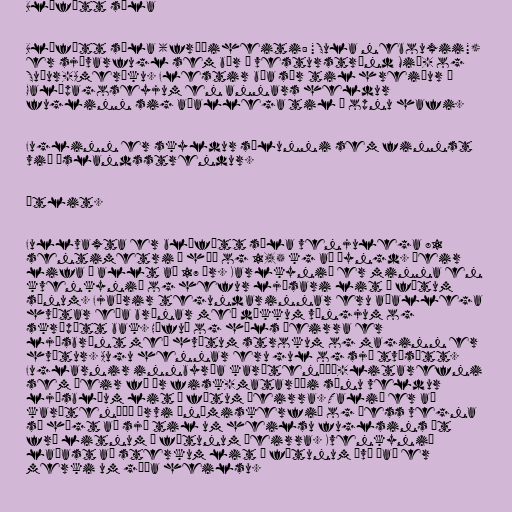
Bláfætt súla

Bláfætt súla (fræðiheiti: "Sula nebouxii")
er sjávarfugl sem býr á vesturströnd Mið- og
Suður-Ameríku. Flestir búa sér til hreiður á
Galápagoseyjum en annars heldur
fuglinn sig aðallega til á opnu hafi.

Fuglinn er skyldur súlunni sem finnst
við Íslandsstrendur.

Útlit.

Fullvaxta er bláfætt súla venjulega 81
sentimetri á hæð og 1,5 kg að þyngd. Þeir
lifa í allt að 17 ár. Karlkynið er minna en
kvenkynið og hefur ljósari lit á fótum
sínum. Fjaðrir tegundarinnar eru aðallega
hvítar eða brúnar með dökkum vængjum og
skræpótt bak. Höfuð og háls þeirra er
ljósbrúnt með hvítum strokum og maginn er
hvítur. Augu hennar eru gul og sjá tvísætt.
Fuglarnir innbyrða karótenóíð-litarefni
sem þeir fá úr fisk-mataræði sínu veldur
ljósbláum lit á fótum þeirra. Talið er að
karótenóíð örvi ónæmiskerfið og þess vegna
sé hægt að sjá til um heilsu fuglsins út
frá litnum á fótunum þeirra. Kvenkynið
laðast að sterkum lit á fótunum því það er
merki um góða heilsu.